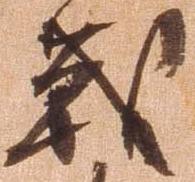
戦